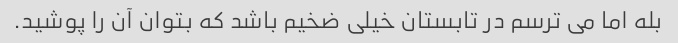
بله اما می ترسم در تابستان خیلی ضخیم باشد که بتوان آن را پوشید.